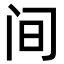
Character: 间